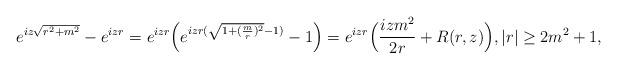
LaTeX: \begin{align*}e^{iz\sqrt{r^2+m^2}}-e^{izr}=e^{izr}\Big(e^{izr(\sqrt{1+(\frac{m}{r})^2}-1)}-1\Big)=e^{izr}\Big(\frac {izm^2}{2r}+R(r,z)\Big),|r|\ge 2m^2+1,\end{align*}